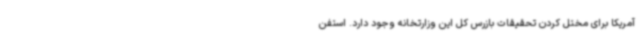
آمریکا برای مختل کردن تحقیقات بازرس کل این وزارتخانه وجود دارد. استفن